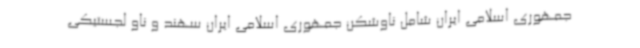
جمهوری اسلامی ایران شامل ناوشکن جمهوری اسلامی ایران سهند و ناو لجستیکی